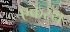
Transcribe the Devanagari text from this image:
एकस्थ